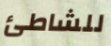
للشاطئ